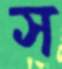
স